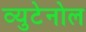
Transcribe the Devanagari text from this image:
व्युटेनोल